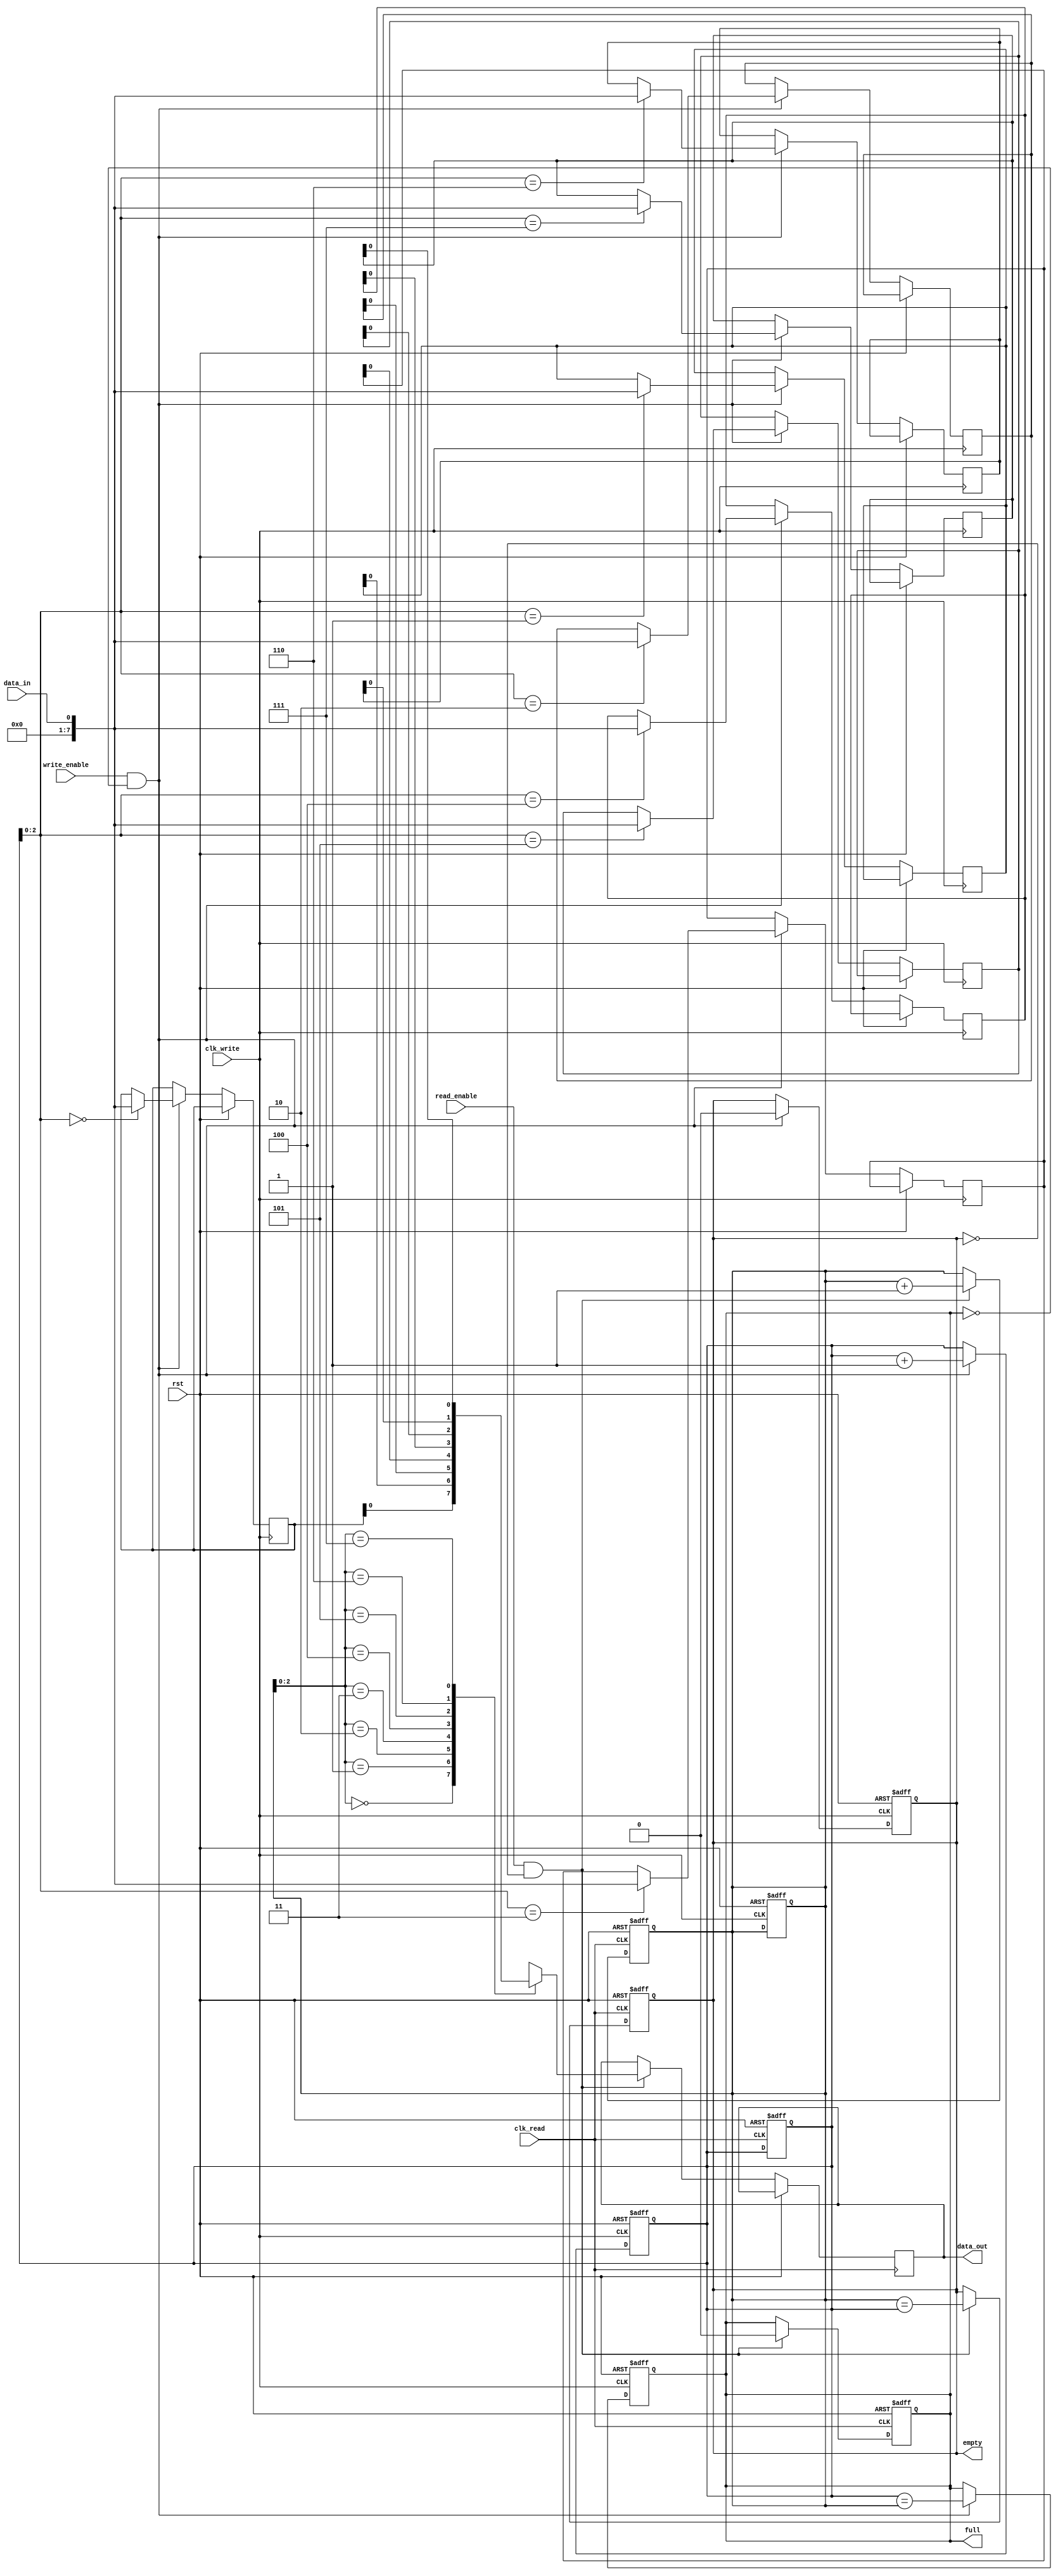
module synchronous_fifo (
    input wire clk_write,
    input wire clk_read,
    input wire rst,
    input wire write_enable,
    input wire read_enable,
    input wire data_in,
    output reg data_out,
    output reg full,
    output reg empty
);

parameter SIZE = 8; // FIFO size

reg [SIZE-1:0] fifo [0:SIZE-1];
reg [SIZE-1:0] read_ptr;
reg [SIZE-1:0] write_ptr;

// Write side
always @(posedge clk_write or posedge rst) begin
    if (rst) begin
        write_ptr <= 0;
        read_ptr <= 0;
        full <= 0;
        empty <= 1;
    end else begin
        if (write_enable && !full) begin
            fifo[write_ptr] <= data_in;
            write_ptr <= write_ptr + 1;
            full <= write_ptr == read_ptr;
            empty <= 0;
        end
    end
end

// Read side
always @(posedge clk_read or posedge rst) begin
    if (rst) begin
        write_ptr <= 0;
        read_ptr <= 0;
        full <= 0;
        empty <= 1;
    end else begin
        if (read_enable && !empty) begin
            data_out <= fifo[read_ptr];
            read_ptr <= read_ptr + 1;
            empty <= read_ptr == write_ptr;
            full <= 0;
        end
    end
end

endmodule